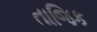
તાજિક